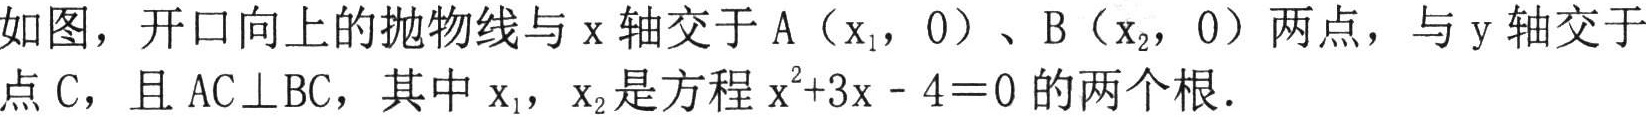
如图，开口向上的抛物线与\(x\)轴交于\(A\left(x_{1},0\right)\)、\(B\left(x_{2},0\right)\)两点，与\(y\)轴交于点\(C\)，且\(AC\perp BC\)，其中\(x_{1}\)，\(x_{2}\)是方程\(x^{2}+3x - 4 = 0\)的两个根．